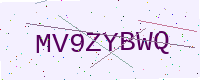
Text: MV9ZYBWQ